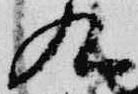
九